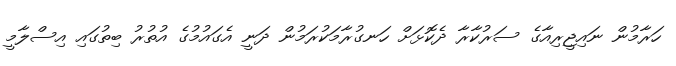
ހަރާމުން ނައިޖީރިއާގެ ސަރުކާރާ ދެކޮޅަށް ހަނގުރާމަކުރަމުން ދަނީ އެގައުމުގެ އުތުރު ބިތުގައި އިސްލާމީ